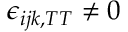
\epsilon _ { i j k , T T } \ne 0